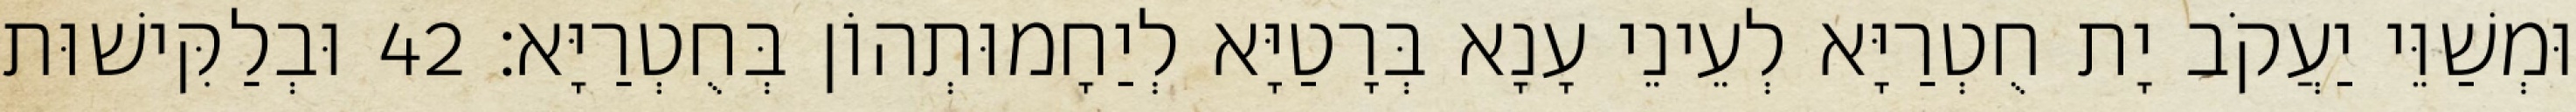
וּמְשַׁוֵּי יַעֲקֹב יָת חֻטְרַיָּא לְעֵינֵי עָנָא בְּרָטַיָּא לְיַחָמוּתְהוֹן בְּחֻטְרַיָּא׃ 42 וּבְלַקִּישׁוּת